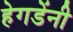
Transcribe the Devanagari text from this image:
हेगडेंनी